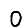
Digit: 0